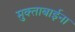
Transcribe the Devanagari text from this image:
मुक्ताबाईना